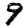
Digit: 9